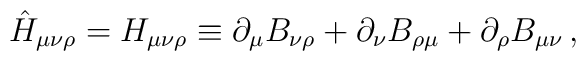
\hat{H}_{\mu \nu \rho }=H_{\mu \nu \rho }\equiv \partial _{\mu }B_{\nu \rho}+\partial _{\nu }B_{\rho \mu }+\partial _{\rho }B_{\mu \nu }\,,